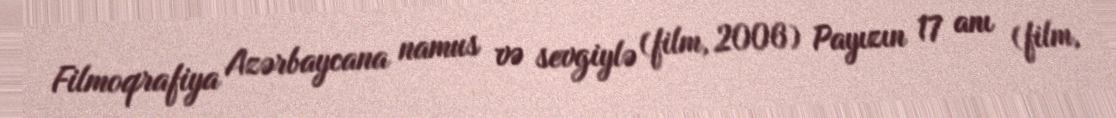
Filmoqrafiya Azərbaycana namus və sevgiylə (film, 2006) Payızın 17 anı (film,